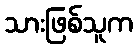
သားဖြစ်သူက